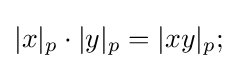
|x|_{p}\cdot |y|_{p}=|xy|_{p};